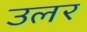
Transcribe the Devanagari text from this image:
उलर